Report of the Indian Hemp Drugs Commission, 1894-1895 - Volume IV
Year: 1894
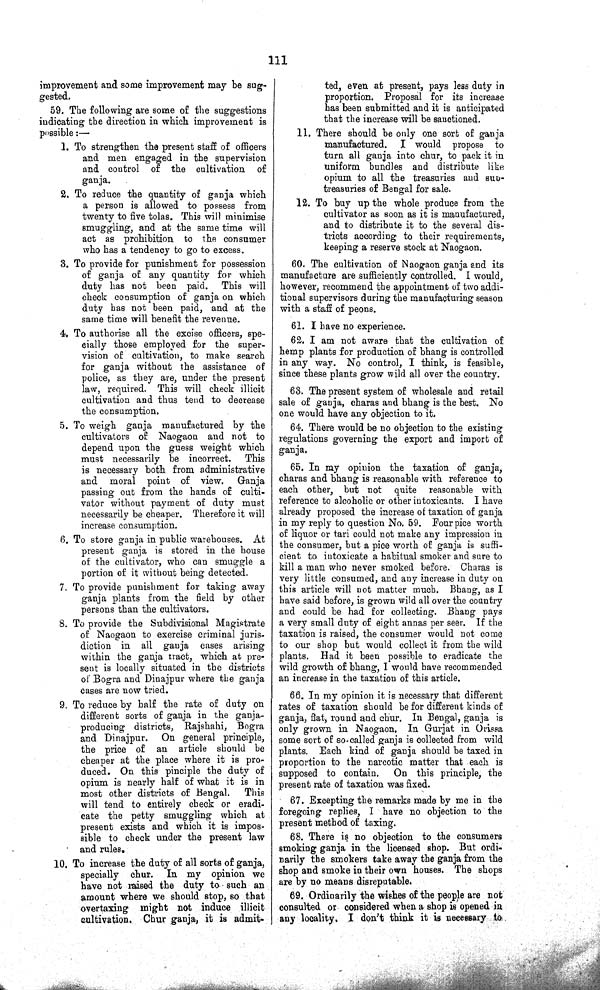
111
improvement and some improvement may be sug¬
gested.
59. The following are some of the suggestions
indicating the direction in which improvement is
possible:—
1. To strengthen the present staff of officers
and men engaged in the supervision
and control of the cultivation of
ganja.
2. To reduce the quantity of ganja which
a person is allowed to possess from
twenty to five tolas. This will minimise
smuggling, and at the same time will
act as prohibition to the consumer
who has a tendency to go to excess.
3. To provide for punishment for possession
of ganja of any quantity for which
duty has not been paid. This will
check consumption of ganja on which
duty has not been paid, and at the
same time will benefit the revenue.
4. To authorise all the excise officers, spe¬
cially those employed for the super¬
vision of cultivation, to make search
for ganja without the assistance of
police, as they are, under the present
law, required. This will check illicit
cultivation and thus tend to decrease
the consumption,
5. To weigh ganja manufactured by the
cultivators of Naogaon and not to
depend upon the guess weight which
must necessarily be incorrect. This
is necessary both from administrative
and moral point of view. Ganja
passing out from the hands of culti¬
vator without payment of duty must
necessarily be cheaper. Therefore it will
increase consumption.
6. To store ganja in public warehouses. At
present ganja is stored in the house
of the cultivator, who can smuggle a
portion of it without being detected.
7. To provide punishment for taking away
ganja plants from the field by other
persons than the cultivators.
8. To provide the Subdivisional Magistrate
of Naogaon to exercise criminal juris-
diction in all ganja cases arising
within the ganja tract, which at pre¬
sent is locally situated in the districts
of Bogra and Dinajpur where the ganja
cases are now tried.
9. To reduce by half the rate of duty on
different sorts of ganja in the ganja-
producing districts, Rajshahi, Bogra
and Dinajpur. On general principle,
the price of an article should be
cheaper at the place where it is pro¬
duced. On this pinciple the duty of
opium is nearly half of what it is in
most other districts of Bengal. This
will tend to entirely check or eradi¬
cate the petty smuggling which at
present exists and which it is impos¬
sible to check under the present law
and rules.
10. To increase the duty of all sorts of ganja,
specially chur. In my opinion we
have not raised the duty to such an
amount where we should stop, so that
overtaxing might not induce illicit
cultivation. Chur ganja, it is admit¬
ted, even at present, pays less duty in
proportion. Proposal for its increase
has been submitted and it is anticipated
that the increase will be sanctioned.
11. There should be only one sort of ganja
manufactured. I would propose to
turn all ganja into chur, to pack it in
uniform bundles and distribute like
opium to all the treasuries and suo-
treasuries of Bengal for sale.
12. To buy up the whole produce from the
cultivator as soon as it is manufactured,
and to distribute it to the several dis¬
tricts according to their requirements,
keeping a reserve stock at Naogaon.
60. The cultivation of Naogaon ganja and its
manufacture are sufficiently controlled. I would,
however, recommend the appointment of two addi¬
tional supervisors during the manufacturing season
with a staff of peons.
61. I have no experience.
62. I am not aware that the cultivation of
hemp plants for production of bhang is controlled
in any way. No control, I think, is feasible,
since these plants grow wild all over the country.
63. The present system of wholesale and retail
sale of ganja, charas and bhang is the best. No
one would have any objection to it.
64. There would be no objection to the existing
regulations governing the export and import of
ganja.
65. In my opinion the taxation of ganja,
charas and bhang is reasonable with reference to
each other, but not quite reasonable with
reference to alcoholic or other intoxicants. I have
already proposed the increase of taxation of ganja
in my reply to question No. 59. Four pice worth
of liquor or tari could not make any impression in
the consumer, but a pice worth of ganja is suffi¬
cient to intoxicate a habitual smoker and sure to
kill a man who never smoked before. Charas is
very little consumed, and any increase in duty on
this article will not matter much. Bhang, as I
have said before, is grown wild all over the country
and could be had for collecting. Bhang pays
a very small duty of eight annas per seer. If the
taxation is raised, the consumer would not come
to our shop but would collect it from the wild
plants. Had it been possible to eradicate the
wild growth of bhang, I would have recommended
an increase in the taxation of this article.
66. In my opinion it is necessary that different
rates of taxation should be for different kinds of
ganja, flat, round and chur. In Bengal, ganja is
only grown in Naogaon. In Gurjat in Orissa
some sort of so-called ganja is collected from wild
plants. Each kind of ganja should be taxed in
proportion to the narcotic matter that each is
supposed to contain. On this principle, the
present rate of taxation was fixed.
67. Excepting the remarks made by me in the
foregoing replies, I have no objection to the
present method of taxing.
68. There is no objection to the consumers
smoking ganja in the licensed shop. But ordi¬
narily the smokers take away the ganja from the
shop and smoke in their own houses. The shops
are by no means disreputable.
69. Ordinarily the wishes of the people are not
consulted or considered when a shop is opened in
any locality. I don't think it is necessary to